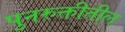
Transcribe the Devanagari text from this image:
पुनरुक्तीतील